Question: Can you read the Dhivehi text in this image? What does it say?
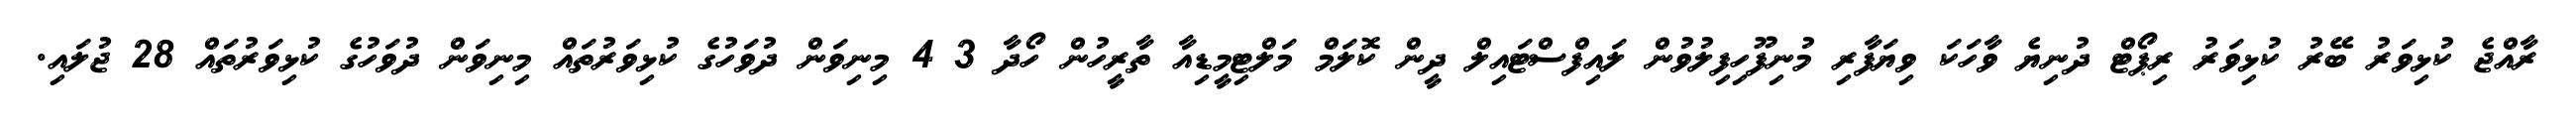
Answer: ރާއްޖެ ކުޅިވަރު ބޭރު ކުޅިވަރު ރިޕޯޓް ދުނިޔެ ވާހަކަ ވިޔަފާރި މުނިފޫހިފިލުވުން ލައިފްސްޓައިލް ދީން ކޮލަމް މަލްޓިމީޑިއާ ތާރީހުން ހޯދާ 3 4 މިނިވަން ދުވަހުގެ ކުޅިވަރުތައް މިނިވަން ދުވަހުގެ ކުޅިވަރުތައް 28 ޖުލައި.